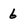
Character: 6